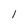
Character: 1